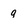
Character: g